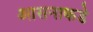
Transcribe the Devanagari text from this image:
आसनाकडे